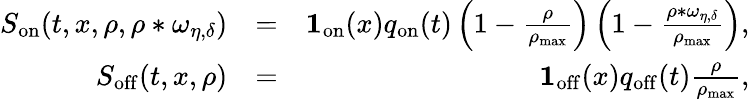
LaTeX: \begin{array}{rlr}{S_{\mathrm{on}}(t,x,\rho,\rho*\omega_{\eta,\delta})}&{=}&{\mathbf{1}_{\mathrm{on}}(x)q_{\mathrm{on}}(t)\left(1-\frac{\rho}{\rho_{\operatorname*{max}}}\right)\left(1-\frac{\rho*\omega_{\eta,\delta}}{\rho_{\operatorname*{max}}}\right),}\\ {S_{\mathrm{off}}(t,x,\rho)}&{=}&{\mathbf{1}_{\mathrm{off}}(x)q_{\mathrm{off}}(t)\frac{\rho}{\rho_{\operatorname*{max}}},}\end{array}